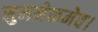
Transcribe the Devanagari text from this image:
सुनमेकमेव।